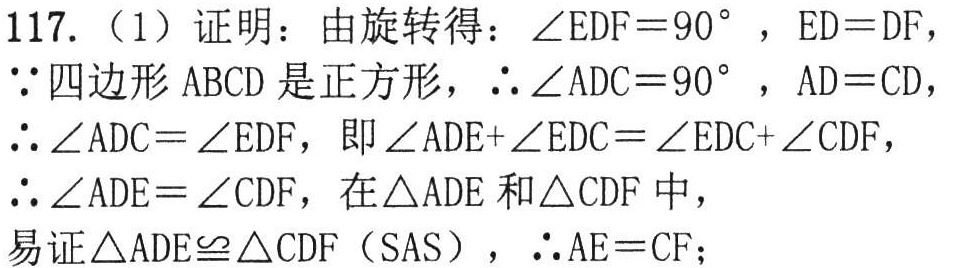
117.（1）证明：由旋转得：\(\angle EDF = 90^{\circ}\)，\(ED = DF\)，
\(\because\)四边形 \(ABCD\) 是正方形，\(\therefore\angle ADC = 90^{\circ}\)，\(AD = CD\)，
\(\therefore\angle ADC=\angle EDF\)，即\(\angle ADE + \angle EDC=\angle EDC+\angle CDF\)，
\(\therefore\angle ADE=\angle CDF\)，在\(\triangle ADE\)和\(\triangle CDF\)中，
易证\(\triangle ADE\cong\triangle CDF\)（SAS），\(\therefore AE = CF\)；